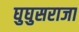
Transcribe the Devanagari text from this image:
घुघुसराजा